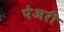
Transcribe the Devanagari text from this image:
पेअरी